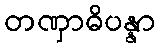
တဏှာဓိပန္နာ